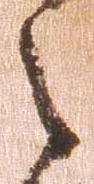
之